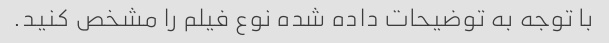
با توجه به توضیحات داده شده نوع فیلم را مشخص کنید.